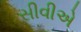
સીવીએ